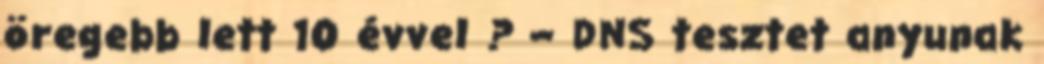
öregebb lett 10 évvel ? – DNS tesztet anyunak